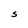
Character: S